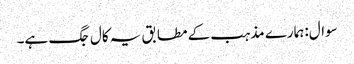
سوال:ہمارے مذہب کے مطابق یہ کال جگ ہے۔